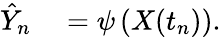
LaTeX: \begin{array}{rl}{\hat{Y}_{n}}&{{}=\psi\left(X(t_{n})\right).}\end{array}